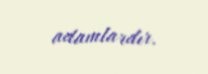
adamlardır.